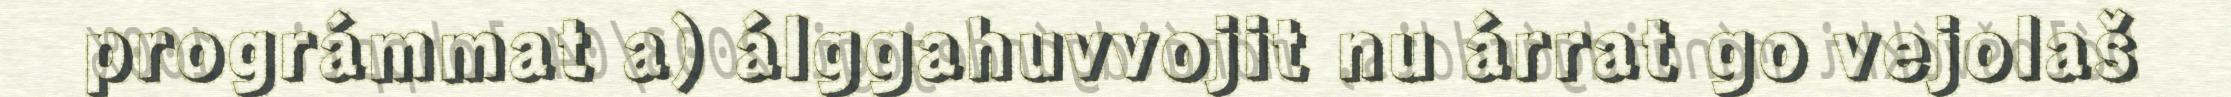
prográmmat a) álggahuvvojit nu árrat go vejolaš